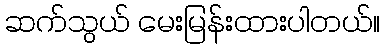
ဆက်သွယ် မေးမြန်းထားပါတယ်။